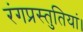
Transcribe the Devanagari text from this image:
रंगप्रस्तुतियां।